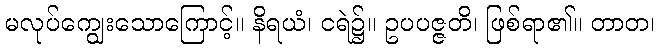
မလုပ်ကျွေးသောကြောင့်။ နိရယံ၊ ငရဲ၌။ ဥပပဇ္ဇတိ၊ ဖြစ်ရာ၏။ တာတ၊